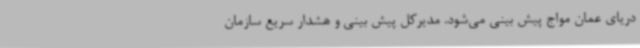
دریای عمان مواج پیش بینی می‌شود. مدیرکل پیش بینی و هشدار سریع سازمان